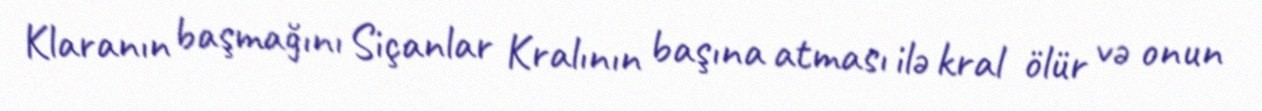
Klaranın başmağını Siçanlar Kralının başına atması ilə kral ölür və onun